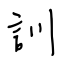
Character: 訓